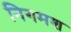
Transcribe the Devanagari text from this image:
निगमश